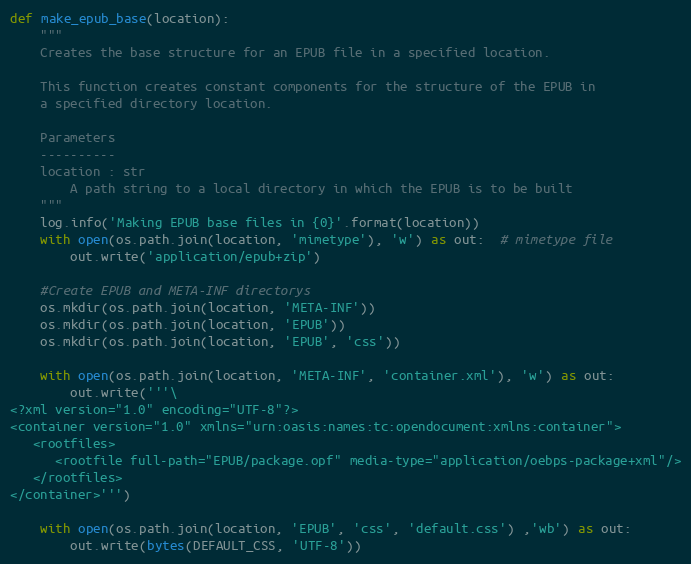
Language: Python
def make_epub_base(location):
    """
    Creates the base structure for an EPUB file in a specified location.

    This function creates constant components for the structure of the EPUB in
    a specified directory location.

    Parameters
    ----------
    location : str
        A path string to a local directory in which the EPUB is to be built
    """
    log.info('Making EPUB base files in {0}'.format(location))
    with open(os.path.join(location, 'mimetype'), 'w') as out:  # mimetype file
        out.write('application/epub+zip')

    #Create EPUB and META-INF directorys
    os.mkdir(os.path.join(location, 'META-INF'))
    os.mkdir(os.path.join(location, 'EPUB'))
    os.mkdir(os.path.join(location, 'EPUB', 'css'))

    with open(os.path.join(location, 'META-INF', 'container.xml'), 'w') as out:
        out.write('''\
<?xml version="1.0" encoding="UTF-8"?>
<container version="1.0" xmlns="urn:oasis:names:tc:opendocument:xmlns:container">
   <rootfiles>
      <rootfile full-path="EPUB/package.opf" media-type="application/oebps-package+xml"/>
   </rootfiles>
</container>''')

    with open(os.path.join(location, 'EPUB', 'css', 'default.css') ,'wb') as out:
        out.write(bytes(DEFAULT_CSS, 'UTF-8'))